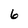
Character: 6